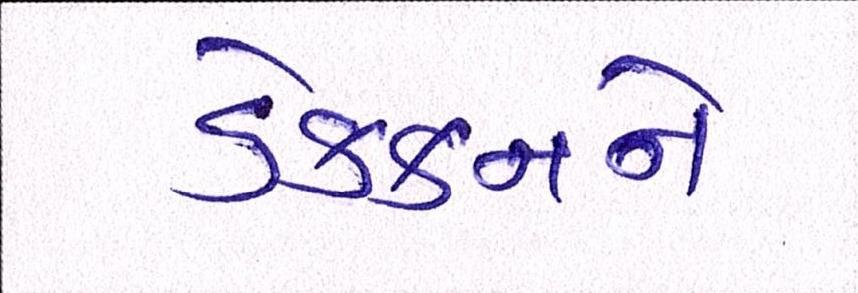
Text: ડેક્કનને